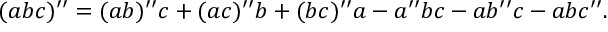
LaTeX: ( a b c ) ^ { \prime \prime } = ( a b ) ^ { \prime \prime } c + ( a c ) ^ { \prime \prime } b + ( b c ) ^ { \prime \prime } a - a ^ { \prime \prime } b c - a b ^ { \prime \prime } c - a b c ^ { \prime \prime } .